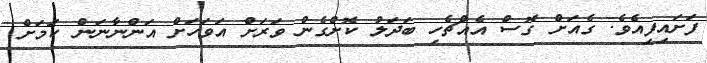
ފަށައިފިއެވެ. ގެއަށް ގޮސް އެއްޗެހި ބަދަލު ކޮށްގެން ވަރަށް އަވަހަށް އަންނާނަން ކަމަށް